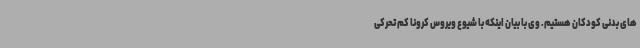
های بدنی کودکان هستیم. وی با بیان اینکه با شیوع ویروس کرونا کم تحرکی